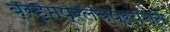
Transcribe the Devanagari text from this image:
ब्रह्मप्रलयपर्यन्तं